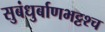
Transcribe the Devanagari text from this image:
सुबंधुर्बाणभट्टश्च